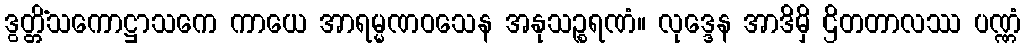
ဒွတ္တိံသကောဋ္ဌာသကေ ကာယေ အာရမ္မဏဝသေန အနုသဉ္စရဏံ။ လုဒ္ဒေန အာဒိမှိ ဌိတတာလဿ ပဏ္ဏံ